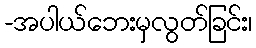
-အပါယ်ဘေးမှလွတ်ခြင်း၊